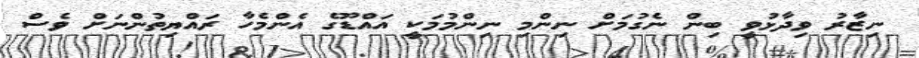
ނިޒާރު ވިދާޅުވީ ބިން ނެގުމަށް ނިންމި ނިންމުމަކީ އައްޑޫގެ އެންމެހާ ރައްޔިތުންނަށް ވެސް